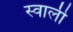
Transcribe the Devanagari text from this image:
स्वाली